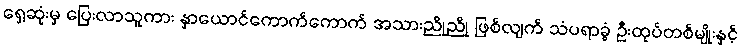
ရှေ့ဆုံးမှ ပြေးလာသူကား နှာယောင်ကောက်ကောက် အသားညိုညို ဖြစ်လျက် သံပရာခွံ ဦးထုပ်တစ်မျိုးနှင့်